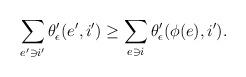
LaTeX: \begin{align*} \sum_{e' \ni i'} \theta'_\epsilon (e', i') \geq \sum_{e \ni i} \theta'_\epsilon (\phi(e), i').\end{align*}